Report of the Hyderabad Chloroform Commission
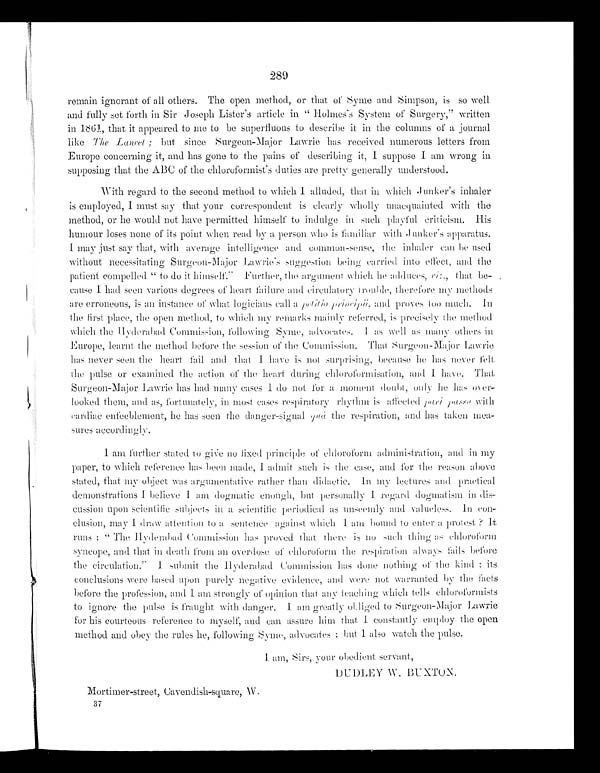
289
remain ignorant of all others. The open method, or that of Syme and Simpson, is so well
and fully set forth in Sir Joseph Lister's article in "Holmes's System of Surgery," written
in 1861, that it appeared to me to be superfluous to describe it in the columns of a journal
like The Lancet; but since Surgeon-Major Lawrie has received numerous letters from
Europe concerning it, and has gone to the pains of describing it, I suppose I am wrong in
supposing that the ABC of the chloroformist's duties are pretty generally understood.
With regard to the second method to which I alluded, that in which Junker's inhaler
is employed, I must say that your correspondent is clearly wholly unaequainted with the
method, or he would not have permitted himself to indulge in such playful criticism. His
humour loses none of its point when read by a person who is familiar with Junker's apparatus.
I may just say that, with average intelligence and common-sense, the inhaler can be used
without necessitating Surgeon-Major Lawrie's suggestion being carried into effect, and the
patient compelled "to do it himself." Further, the argument which he addnees, viz., that
b e - c a u s e I h a d s e e n v a r i o u s d e g r e e s o f h e a r t f a i l u r e a n d c i r c u l a t o r y t r o u b l e , t h e r e f o r e m y m e t h o d s
are erroneous, is an instance of what logicians call a petitio principü, and proves too much. In
the first place, the open method, to which my remarks mainly referred, is precisely the method
which the Hyderabad Commission, following Syme, advocates. I as well as many others in
Europe, learnt the method before the session of the Commission. That Surgeon-Major Lawrie
has never seen the heart fail and that I have is not surprising, because he has never felt
the pulse or examined the action of the heart during chloroformisation, and I have. That
Surgeon-Major Lawrie has had many cases I do not for a moment doubt, only he has over
-looked them, and as, fortunately, in most cases respiratory rhythm is affected pari passu with
cardiac enfeeblement, he has seen the danger-signal quâ the respiration, and has taken mea
-sures accordingly.
I am further stated to give no fixed principle of chloroform administration, and in my
paper, to which reference has been made, I admit such is the case, and for the reason above
stated, that my object was argumentative rather than didaetic. In my lectures and practical
demonstrations I believe I am dogmatic enough, but personally I regard dogmatism in dis-
cussion upon scientific subjects in a scientific periodical as unseemly and valueless. In con-
clusion, may I draw attention to a sentence against which I am bound to enter a protest
? I t r u n s : " T h e H H y d e r a b a d C o m m i s s i o n h a s p r o v e d t h a t t h e r e i s n o s u c h t h i n g a s c h l o r o f o r m
syncope, and that in death from an overdose of chloroform the respiration always fails before
the circulation." I submit the Hyderabad Commission has done nothing of the kind; its
conclusions were based upon purely negative evidence, and were not warranted by the facts
before the profession, and I am strongly of opinion that any teaching which tells chloroformists
to ignore the pulse is fraught with danger. I am greatly obliged to Surgeon-Major Lawrie
for his courteous reference to myself, and can assure him that I constantly employ the open
method and obey the rules he, following Syme, advocates; but I also watch the pulse.
I am, Sirs, your obedient servant,
DUDLEY W. BUXTON.
Mortimer-street, Cavendish-square,
W.
37